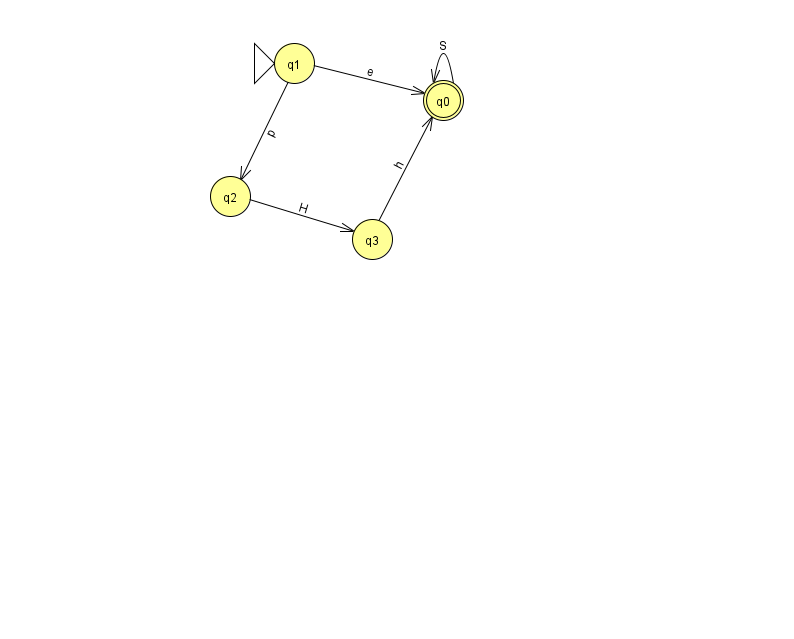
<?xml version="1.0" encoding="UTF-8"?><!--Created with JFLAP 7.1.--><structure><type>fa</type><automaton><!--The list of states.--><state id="0" name="q0"><x>443.0</x><y>87.0</y><final/></state><state id="1" name="q1"><x>294.0</x><y>50.0</y><initial/></state><state id="2" name="q2"><x>230.0</x><y>183.0</y></state><state id="3" name="q3"><x>372.0</x><y>226.0</y></state><!--The list of transitions.--><transition><from>3</from><to>0</to><read>h</read></transition><transition><from>1</from><to>0</to><read>e</read></transition><transition><from>2</from><to>3</to><read>H</read></transition><transition><from>0</from><to>0</to><read>S</read></transition><transition><from>1</from><to>2</to><read>p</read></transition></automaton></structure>